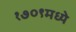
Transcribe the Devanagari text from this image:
१७०९मध्ये